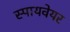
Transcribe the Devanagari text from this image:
स्पायवेयर